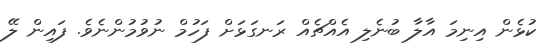
ކުޅެން އިނިމަ އާލާ ބުނެލި އެއްޗެއް ރަނގަޅަށް ފަހުމް ނުވުމުންނެވެ. ފައިން ލޭ